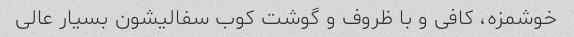
خوشمزه، کافی و با ظروف و گوشت کوب سفالیشون بسیار عالی